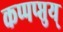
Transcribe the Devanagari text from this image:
कप्पप्प्तुय्